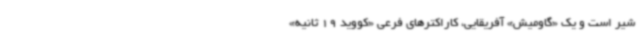
شیر است و یک «گاومیش» آفریقایی، کاراکترهای فرعی «کووید 19 ثانیه»